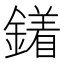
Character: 𨬣